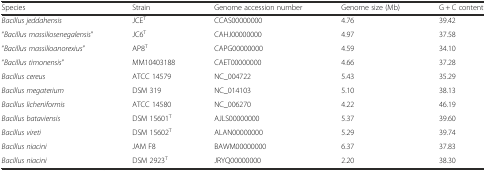
| Species | Strain | Genome accession number | Genome size (Mb) | G + C content |
 | --- | --- | --- | --- | --- |
 | Bacillus jeddahensis | JCET | CCAS00000000 | 4.76 | 39.42 |
 | “Bacillus massiliosenegalensis” | JC6T | CAHJ00000000 | 4.97 | 37.58 |
 | “Bacillus massilioanorexius” | AP8T | CAPG00000000 | 4.59 | 34.10 |
 | “Bacillus timonensis” | MM10403188 | CAET00000000 | 4.66 | 37.28 |
 | Bacillus cereus | ATCC 14579 | NC_004722 | 5.43 | 35.29 |
 | Bacillus megaterium | DSM 319 | NC_014103 | 5.10 | 38.13 |
 | Bacillus licheniformis | ATCC 14580 | NC_006270 | 4.22 | 46.19 |
 | Bacillus bataviensis | DSM 15601T | AJLS00000000 | 5.37 | 39.60 |
 | Bacillus vireti | DSM 15602T | ALAN00000000 | 5.29 | 39.74 |
 | Bacillus niacini | JAM F8 | BAWM00000000 | 6.37 | 37.83 |
 | Bacillus niacini | DSM 2923T | JRYQ00000000 | 2.20 | 38.30 |